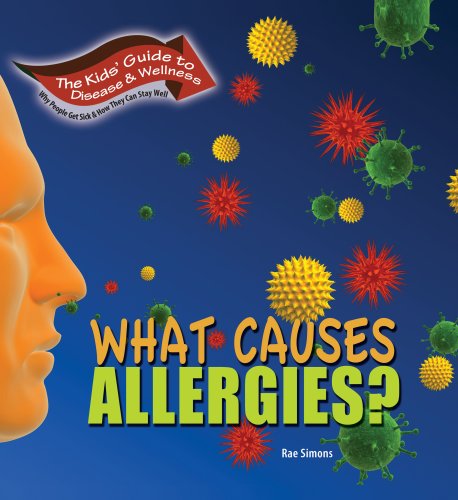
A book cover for What Causes Allergies? (Kids' Guide to Disease & Wellness); Rae Simons; Health, Fitness & Dieting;